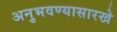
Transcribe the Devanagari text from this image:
अनुभवण्यासारखे